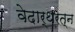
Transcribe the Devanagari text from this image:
वेदार्थरत्न